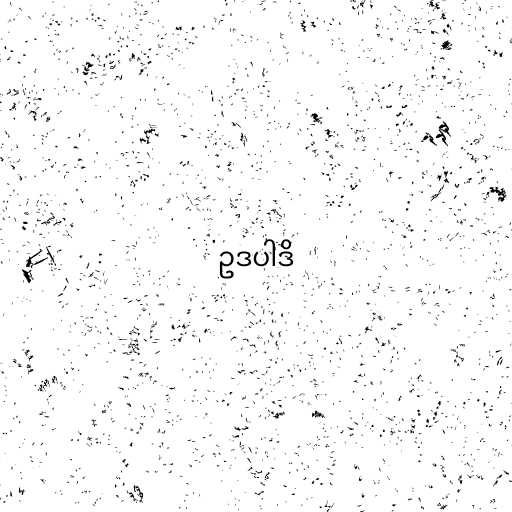
ဥဒပါဒိ